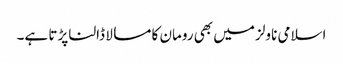
اسلامی ناولز میں بھی رومان کا مسالا ڈالنا پڑتا ہے۔